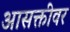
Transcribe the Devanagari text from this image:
आसक्तीवर